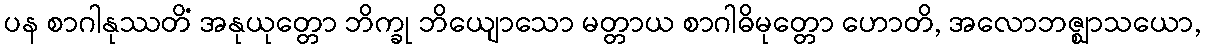
ပန စာဂါနုဿတိံ အနုယုတ္တော ဘိက္ခု ဘိယျောသော မတ္တာယ စာဂါဓိမုတ္တော ဟောတိ, အလောဘဇ္ဈာသယော,